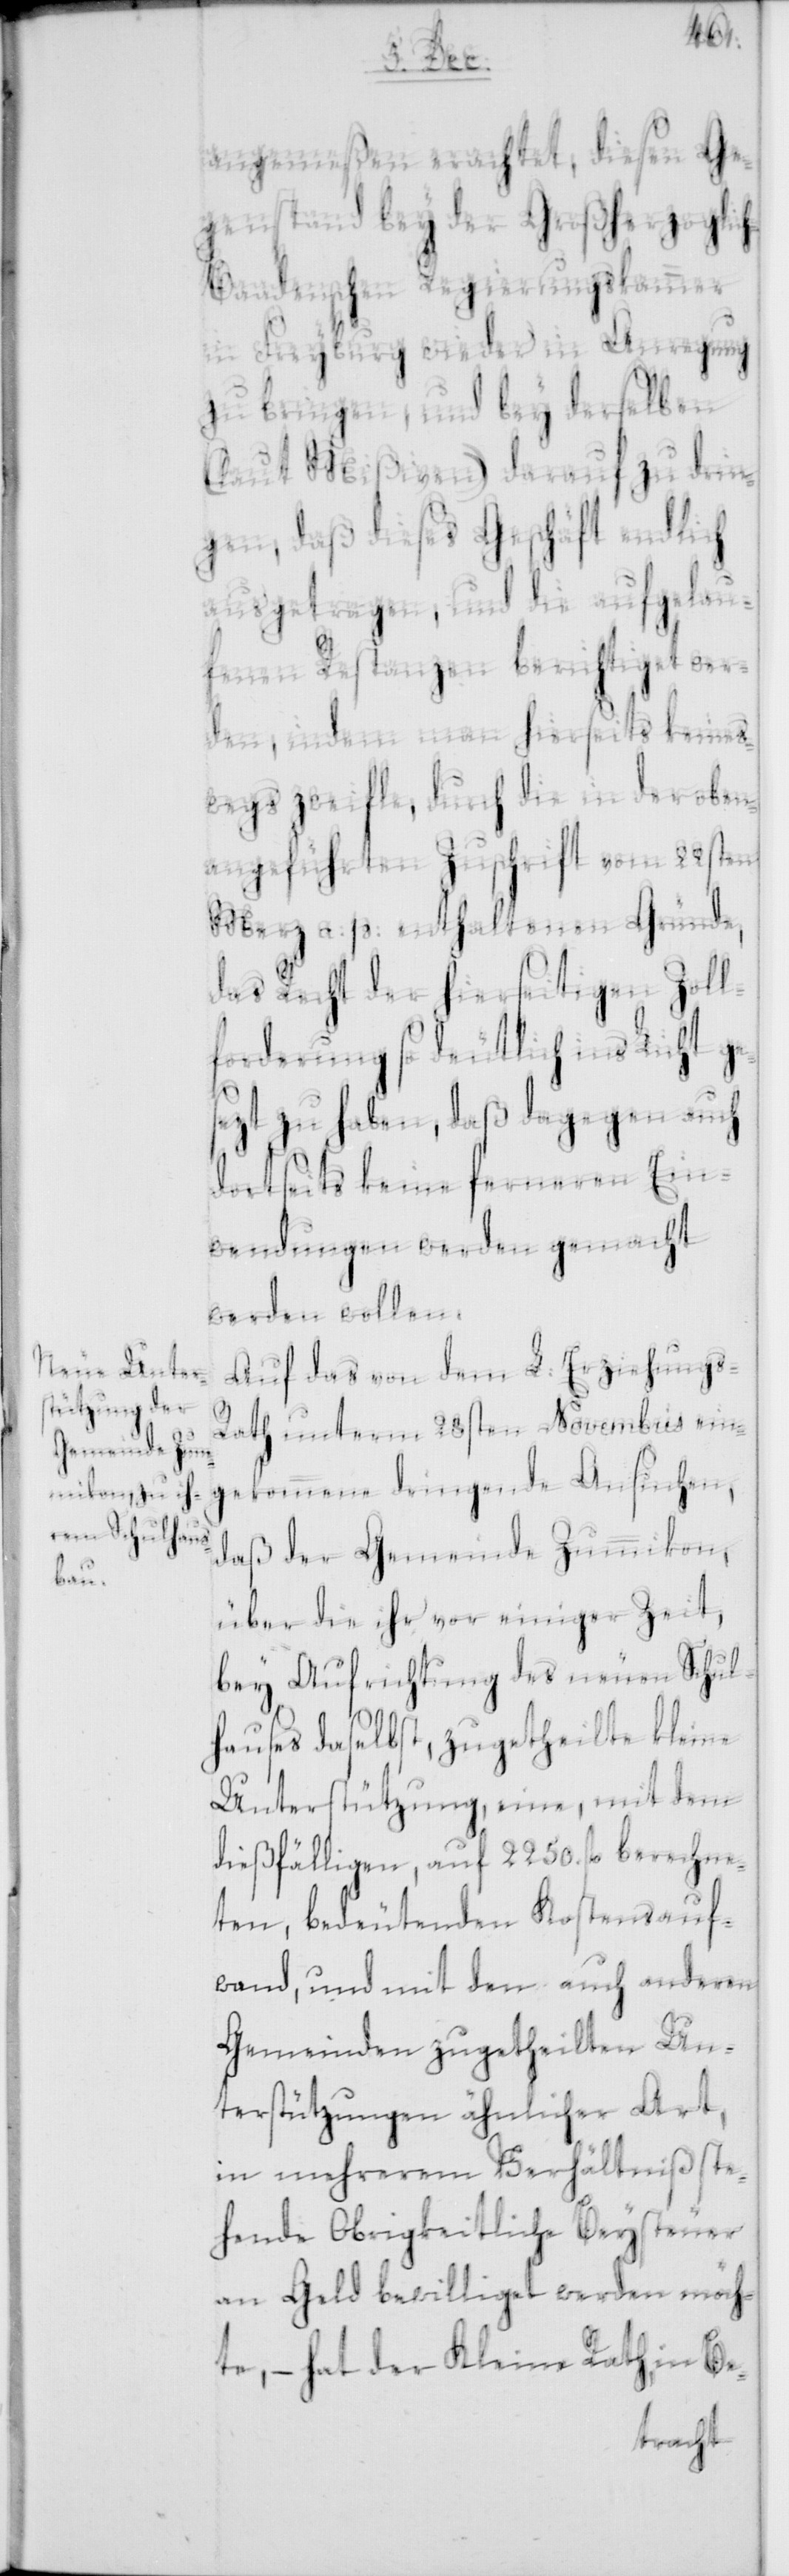
mikon,
ic¬
angemeßen erachtet, diesen Ge¬
genstand bey der Großherzogl¬
h-Baadenschen Regierungskammer
in Freyburg wieder in Anregung
zu bringen, und bey derselben
(laut Mißiven) darauf zu drin¬
gen, daß dieses Geschäft endlich
ausgetragen, und die aufgelau¬
fenen Restanzen berichtiget wer¬
den, indem man hierseits keines¬
wegs zweifle, durch die in der oben¬
angeführten Zuschrift vom 22sten
Merz a. p. enthaltenen Gründe,
das Recht der hierseitigen Zoll¬
forderung so deutlich ins Licht ge¬
sezt zu haben, daß dagegen auch
dortseits keine ferneren Ein¬
wendungen werden gemacht
werden wollen.
Auf das von dem L. Erziehungs-R¬
ath unterm 28sten Novembris ein¬
Gemeinde Zum¬
gekommene dringende Ansuchen,
über die ihr vor einiger Zeit,
bey Aufrichtung des neuen Schul¬
hauses daselbst, zugetheilte kleine
Unterstützung, eine mit dem
dießfälligen, auf 2250. fl. berechne¬
ten, bedeutenden Kostensauf¬
wand, und mit den auch anderen
Gemeinden zugetheilten Un¬
terstützungen ähnlicher Art,
in mehrerem Verhältniß ste¬
hende Obrigkeitliche Beysteuer
an Geld bewilliget werden möch¬
te, – hat der Kleine Rath in Be-